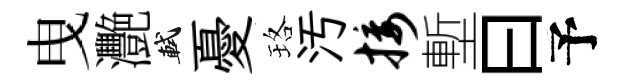
曳灧軾憂珞汚接塹曰予